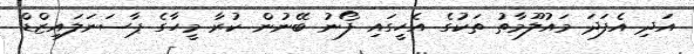
އަދި އެފަދަ މައުލޫމާތު ތަކުގެ އެހީގައި ފޯނު ބޭނުން ކުރާ މީހާގެ ޕާސަނަލައިޒްޑް